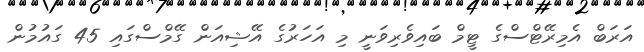
އަރަބް އެމިރޭޓްސްގެ ޓީމް ބައިވެރިވަނީ މި އަހަރުގެ އޭޝިއަން ގޭމްސްގައި 45 ގައުމުން